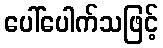
ပေါ်ပေါက်သဖြင့်